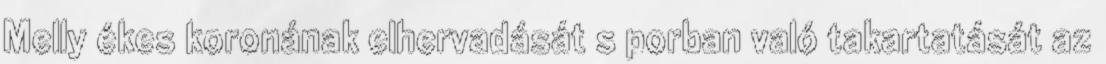
Melly ékes koronának elhervadását s porban való takartatását az